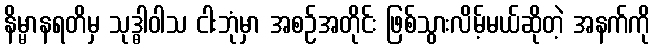
နိမ္မာနရတိမှ သုဒ္ဓါဝါသ ငါးဘုံမှာ အစဉ်အတိုင်း ဖြစ်သွားလိမ့်မယ်ဆိုတဲ့ အနက်ကို